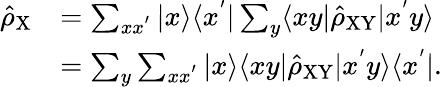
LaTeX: \begin{array}{rl}{\hat{\rho}_{\mathrm{X}}}&{=\sum_{xx^{'}}|x\rangle\langle x^{'}|\sum_{y}\langle xy|\hat{\rho}_{\mathrm{XY}}|x^{'}y\rangle}\\ &{=\sum_{y}\sum_{xx^{'}}|x\rangle\langle xy|\hat{\rho}_{\mathrm{XY}}|x^{'}y\rangle\langle x^{'}|.}\end{array}